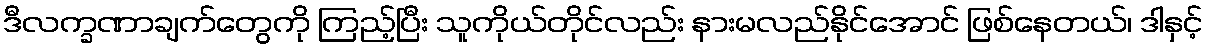
ဒီလက္ခဏာချက်တွေကို ကြည့်ပြီး သူကိုယ်တိုင်လည်း နားမလည်နိုင်အောင် ဖြစ်နေတယ်၊ ဒါနှင့်